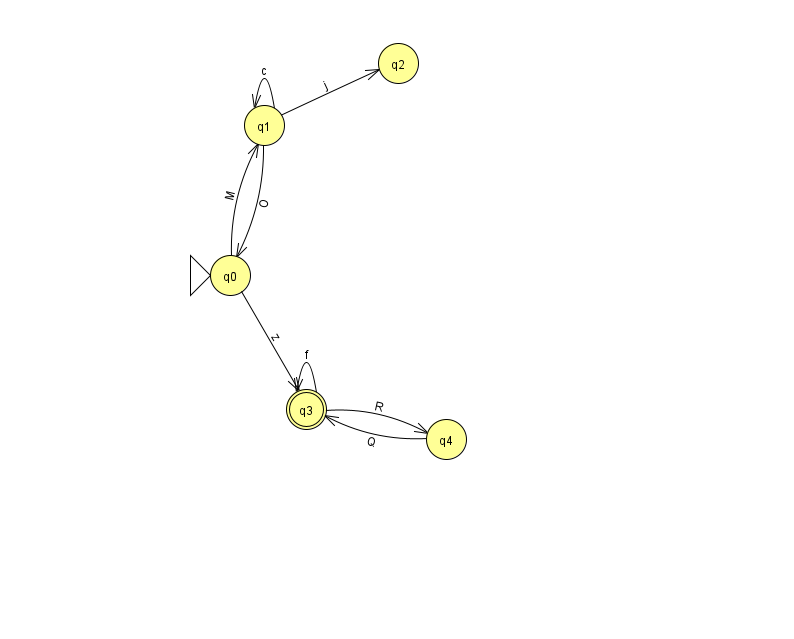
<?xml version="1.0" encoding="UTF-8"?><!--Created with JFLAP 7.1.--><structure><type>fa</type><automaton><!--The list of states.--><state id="0" name="q0"><x>230.0</x><y>262.0</y><initial/></state><state id="1" name="q1"><x>264.0</x><y>112.0</y></state><state id="2" name="q2"><x>398.0</x><y>50.0</y></state><state id="3" name="q3"><x>306.0</x><y>396.0</y><final/></state><state id="4" name="q4"><x>446.0</x><y>426.0</y></state><!--The list of transitions.--><transition><from>4</from><to>3</to><read>Q</read></transition><transition><from>3</from><to>4</to><read>R</read></transition><transition><from>1</from><to>1</to><read>c</read></transition><transition><from>3</from><to>3</to><read>f</read></transition><transition><from>1</from><to>2</to><read>j</read></transition><transition><from>0</from><to>1</to><read>M</read></transition><transition><from>1</from><to>0</to><read>O</read></transition><transition><from>0</from><to>3</to><read>z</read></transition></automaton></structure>